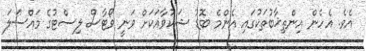
އެވެ. އެހެން އިންތިޚާބުތަކުގައި އެންމެ ބޮޑު ޝަކުވާއަކަށް ވަނީ ވޯޓާސް ލިސްޓުގެ މައްސަލަ